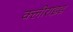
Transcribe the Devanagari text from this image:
क्लीराइड